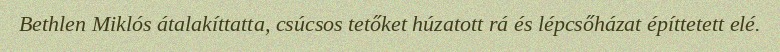
Bethlen Miklós átalakíttatta, csúcsos tetőket húzatott rá és lépcsőházat építtetett elé.